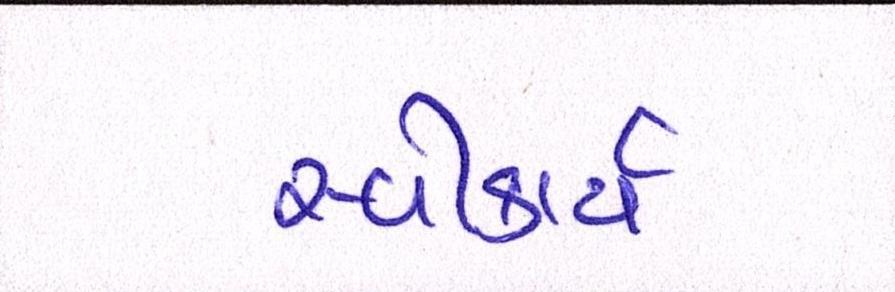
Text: સ્વીકાર્ય